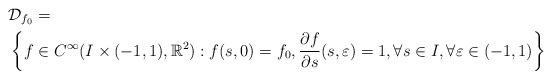
\begin{align*}&\mathcal{D}_{f_{0}}= \\&\left\{f\in C^{\infty }(I\times (-1,1),\mathbb{R}^{2}): f(s,0)=f_{0}, \frac{\partial f}{\partial s}(s,\varepsilon )=1, \forall s\in I, \forall \varepsilon\in(-1,1) \right\}\end{align*}